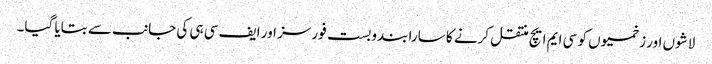
لاشوں اور زخمیوں کو سی ایم ایچ منتقل کرنے کا سارا بندوبست فورسز اور ایف سی ہی کی جانب سے بتایا گیا۔